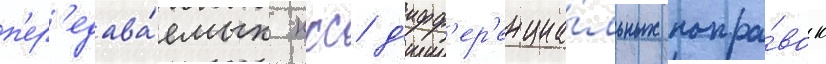
п'ер'едава́емых ккс д'ифф'ер'енциа́льных попра́вок